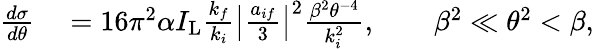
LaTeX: \begin{array}{rl}{\frac{d\sigma}{d\theta}}&{{}=16\pi^{2}\alpha I_{\mathrm{L}}\frac{k_{f}}{k_{i}}\left\vert\frac{a_{if}}{3}\right\vert^{2}\frac{\beta^{2}\theta^{-4}}{k_{i}^{2}},\qquad\beta^{2}\ll\theta^{2}<\beta,}\end{array}